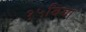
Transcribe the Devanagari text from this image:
१५बिया